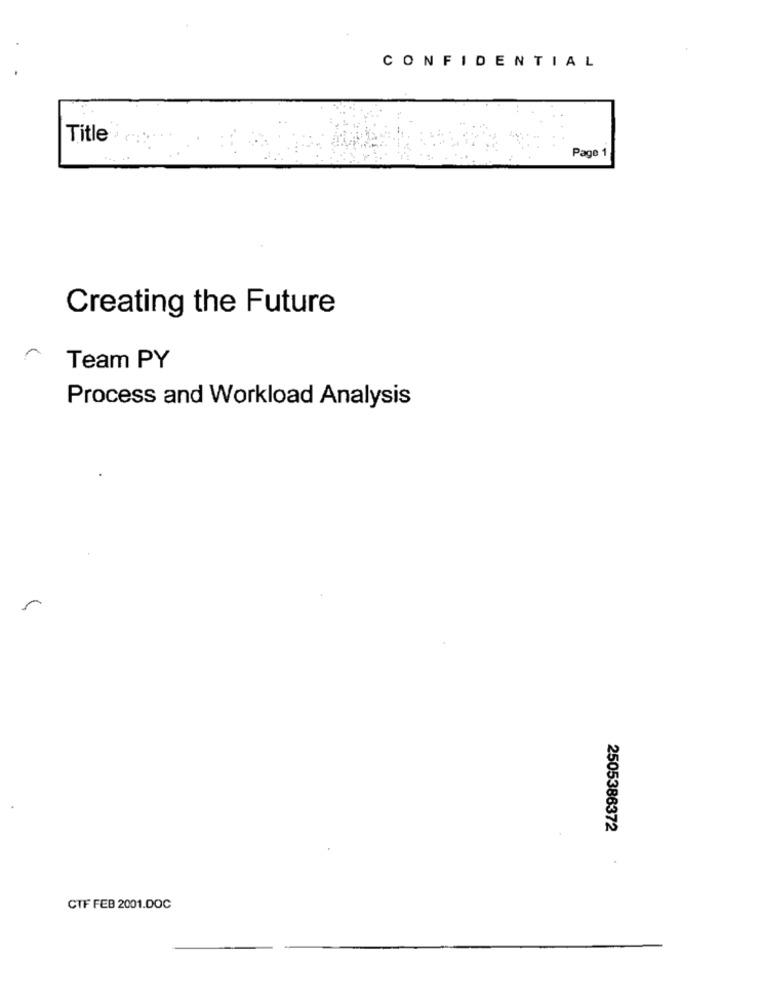
CONFIDENTIAL
Title
Page 1
Creating the Future
Team PY
Process and Workload Analysis
2505386372
CTF FEB 2001.00C